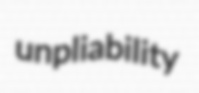
unpliability